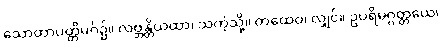
သောတာပတ္တိမဂ်၌။ လဗ္ဘန္တိယထာ၊ သကဲ့သို့။ တထေဝ၊ လျှင်။ ဥပရိမဂ္ဂတ္တယေ၊